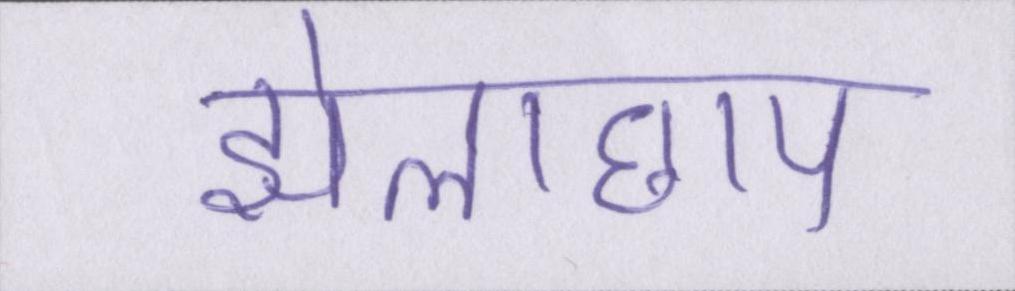
झोलाछाप